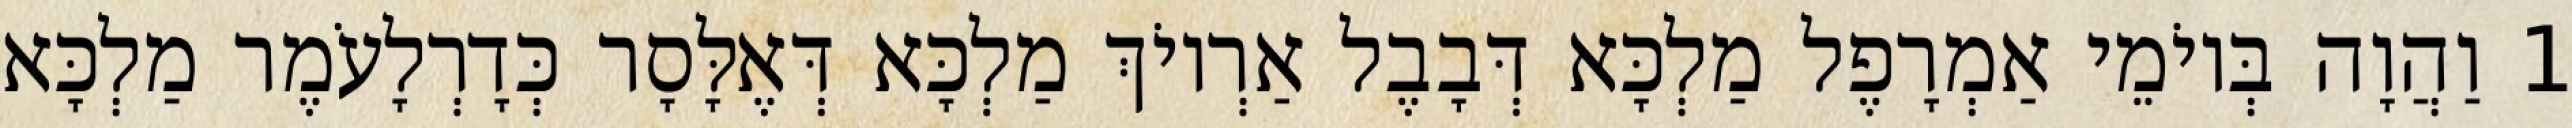
1 וַהֲוָה בְּיוֹמֵי אַמְרָפֶל מַלְכָּא דְּבָבֶל אַרְיוֹךְ מַלְכָּא דְּאֶלָּסָר כְּדָרְלָעֹמֶר מַלְכָּא